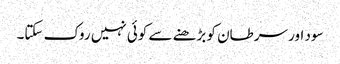
سود اور سرطان کو بڑھنے سے کوئی نہیں روک سکتا۔